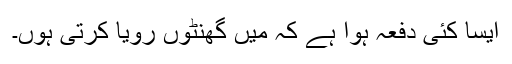
ایسا کئی دفعہ ہوا ہے کہ میں گھنٹوں رویا کرتی ہُوں۔